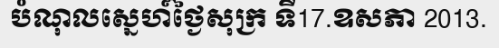
បំណុលស្នេហ៍ថ្ងៃសុក្រ ទី17.ឧសភា 2013.